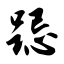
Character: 跽